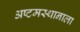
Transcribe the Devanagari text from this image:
अष्टमस्थानाला